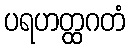
ပရဟတ္ထဂတံ